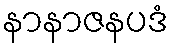
နာနာဇနပဒံ